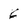
Character: 6